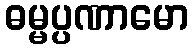
ဓမ္မပ္ပဏာမော